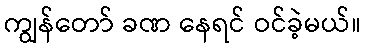
ကျွန်တော် ခဏ နေရင် ဝင်ခဲ့မယ်။